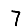
Digit: 7